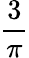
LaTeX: \frac{3}{\pi}